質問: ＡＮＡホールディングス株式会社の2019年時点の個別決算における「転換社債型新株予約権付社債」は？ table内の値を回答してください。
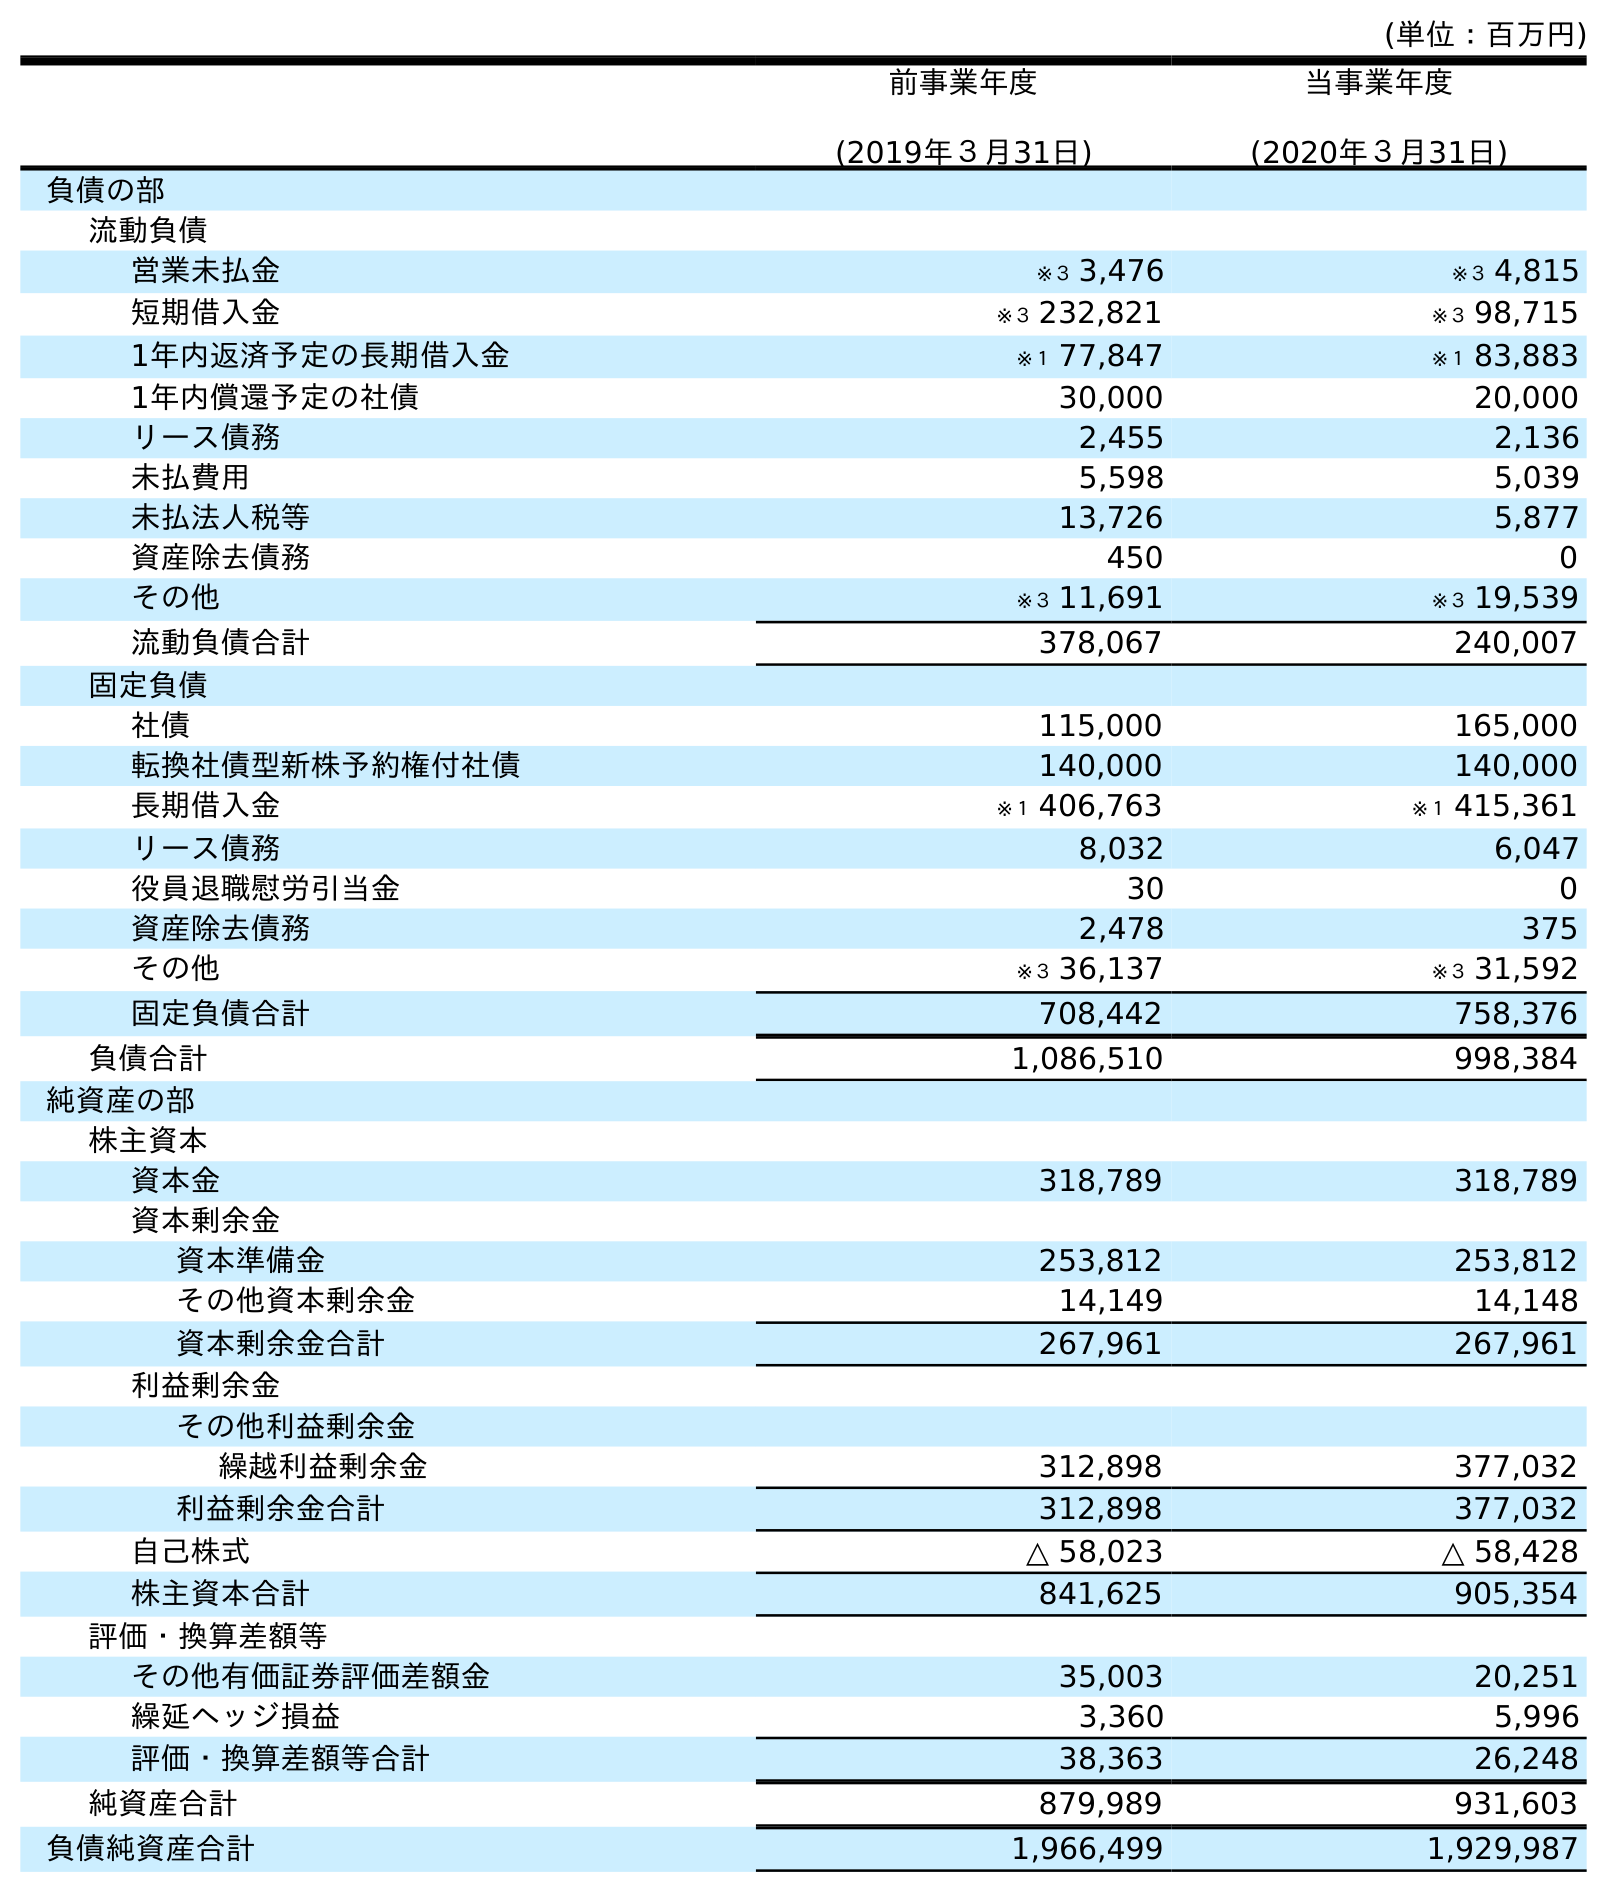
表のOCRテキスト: (単位：百万円) 前事業年度 (2019年３月31日) 当事業年度 (2020年３月31日) 負債の部 流動負債 営業未払金 ※３ 3,476 ※３ 4,815 短期借入金 ※３ 232,821 ※３ 98,715 1年内返済予定の長期借入金 ※１ 77,847 ※１ 83,883 1年内償還予定の社債 30,000 20,000 リース債務 2,455 2,136 未払費用 5,598 5,039 未払法人税等 13,726 5,877 資産除去債務 450 0 その他 ※３ 11,691 ※３ 19,539 流動負債合計 378,067 240,007 固定負債 社債 115,000 165,000 転換社債型新株予約権付社債 140,000 140,000 長期借入金 ※１ 406,763 ※１ 415,361 リース債務 8,032 6,047 役員退職慰労引当金 30 0 資産除去債務 2,478 375 その他 ※３ 36,137 ※３ 31,592 固定負債合計 708,442 758,376 負債合計 1,086,510 998,384 純資産の部 株主資本 資本金 318,789 318,789 資本剰余金 資本準備金 253,812 253,812 その他資本剰余金 14,149 14,148 資本剰余金合計 267,961 267,961 利益剰余金 その他利益剰余金 繰越利益剰余金 312,898 377,032 利益剰余金合計 312,898 377,032 自己株式 △ 58,023 △ 58,428 株主資本合計 841,625 905,354 評価・換算差額等 その他有価証券評価差額金 35,003 20,251 繰延ヘッジ損益 3,360 5,996 評価・換算差額等合計 38,363 26,248 純資産合計 879,989 931,603 負債純資産合計 1,966,499 1,929,987
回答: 140,000